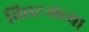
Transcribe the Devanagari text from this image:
विघटनाच्या